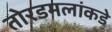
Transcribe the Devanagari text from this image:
तोरडमलांकडे